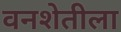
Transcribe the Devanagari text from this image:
वनशेतीला